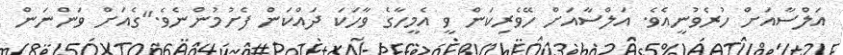
އަލްސާއަށް ހުރެވުނީއެވެ. އަލްސާއަށް ހޭވެރިކަން ވީ އެމީހާގެ ވާހަކަ ދައްކަން ފެށުމުންނެވެ."ގެއަށް ވަންނަން